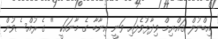
އިބްނުލް ޤައްޔިމް ވިދާޅުވެފައި ވަނީ އިނާބާ ގެ މާނައަކީ '' ގެ ރުއްސެވުން